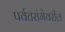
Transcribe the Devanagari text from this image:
पर्वतरांगेवरील